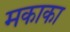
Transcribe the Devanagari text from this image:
मकाका